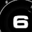
Digit: 6